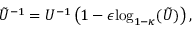
\tilde { U } ^ { - 1 } = U ^ { - 1 } \left( 1 - \epsilon \mathrm { l o g } _ { 1 - \kappa } ( \tilde { U } ) \right) ,